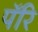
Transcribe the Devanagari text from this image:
पॅरि